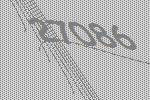
27086